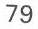
79